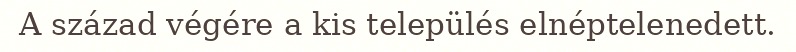
A század végére a kis település elnéptelenedett.